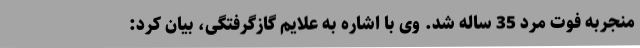
منجربه فوت مرد 35 ساله شد. وی با اشاره به علایم گازگرفتگی، بیان کرد: